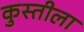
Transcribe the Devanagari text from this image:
कुस्तीला